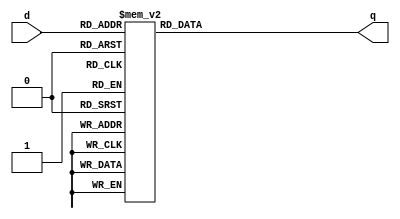
//3-to-8 decoder
module _3_to_8_decoder (q, d);
	input [2:0] d;			//input
	output reg [7:0] q;	//output
	
	always@(d) 
	begin
		case(d)
		3'b000: q = 8'b00000001;
		3'b001: q = 8'b00000010;
		3'b010: q = 8'b00000100;
		3'b011: q = 8'b00001000;
		3'b100: q = 8'b00010000;
		3'b101: q = 8'b00100000;
		3'b110: q = 8'b01000000;
		3'b111: q = 8'b10000000;
		default : q = 8'hx;
		endcase
	end
endmodule